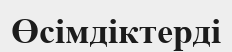
Өсімдіктерді